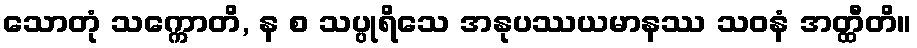
သောတုံ သက္ကောတိ, န စ သပ္ပုရိသေ အနုပဿယမာနဿ သဝနံ အတ္ထီတိ။